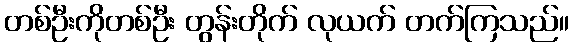
တစ်ဦးကိုတစ်ဦး တွန်းတိုက် လုယက် တက်ကြသည်။